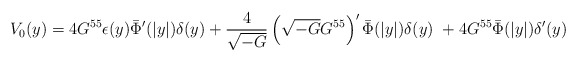
\begin{align*}V_{0}(y)=4G^{55}\epsilon(y)\bar{\Phi}'(|y|)\delta(y)+\frac{4}{\sqrt{-G}}\left(\sqrt{-G}G^{55}\right)'\bar{\Phi}(|y|)\delta(y)\ +4G^{55}\bar{\Phi}(|y|)\delta'(y)\end{align*}